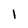
Character: 1